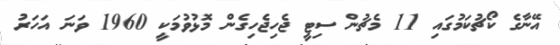
އޭނާގެ ކޯޗުކަމުގައި 11 މެޗުން ސިޓީ ޖެހިޖެހިގެން މޮޅުވުމަކީ 1960 ވަނަ އަހަރު